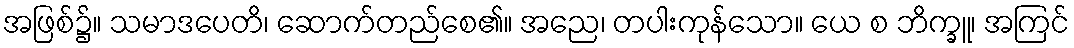
အဖြစ်၌။ သမာဒပေတိ၊ ဆောက်တည်စေ၏။ အညေ၊ တပါးကုန်သော။ ယေ စ ဘိက္ခူ၊ အကြင်